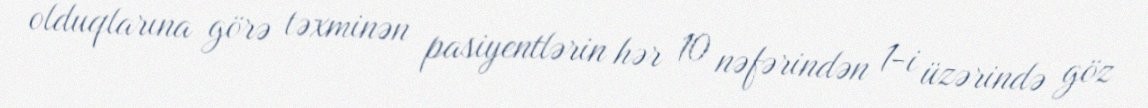
olduqlarına görə təxminən pasiyentlərin hər 10 nəfərindən 1-i üzərində göz